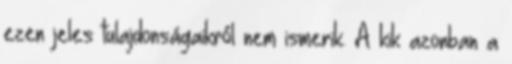
ezen jeles tulajdonságaikról nem ismerik. A kik azonban a